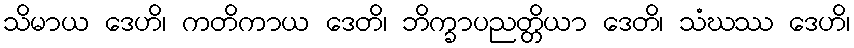
သိမာယ ဒေဟိ၊ ကတိကာယ ဒေတိ၊ ဘိက္ခာပညတ္တိယာ ဒေတိ၊ သံဃဿ ဒေဟိ၊